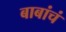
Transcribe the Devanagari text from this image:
बाबांचं